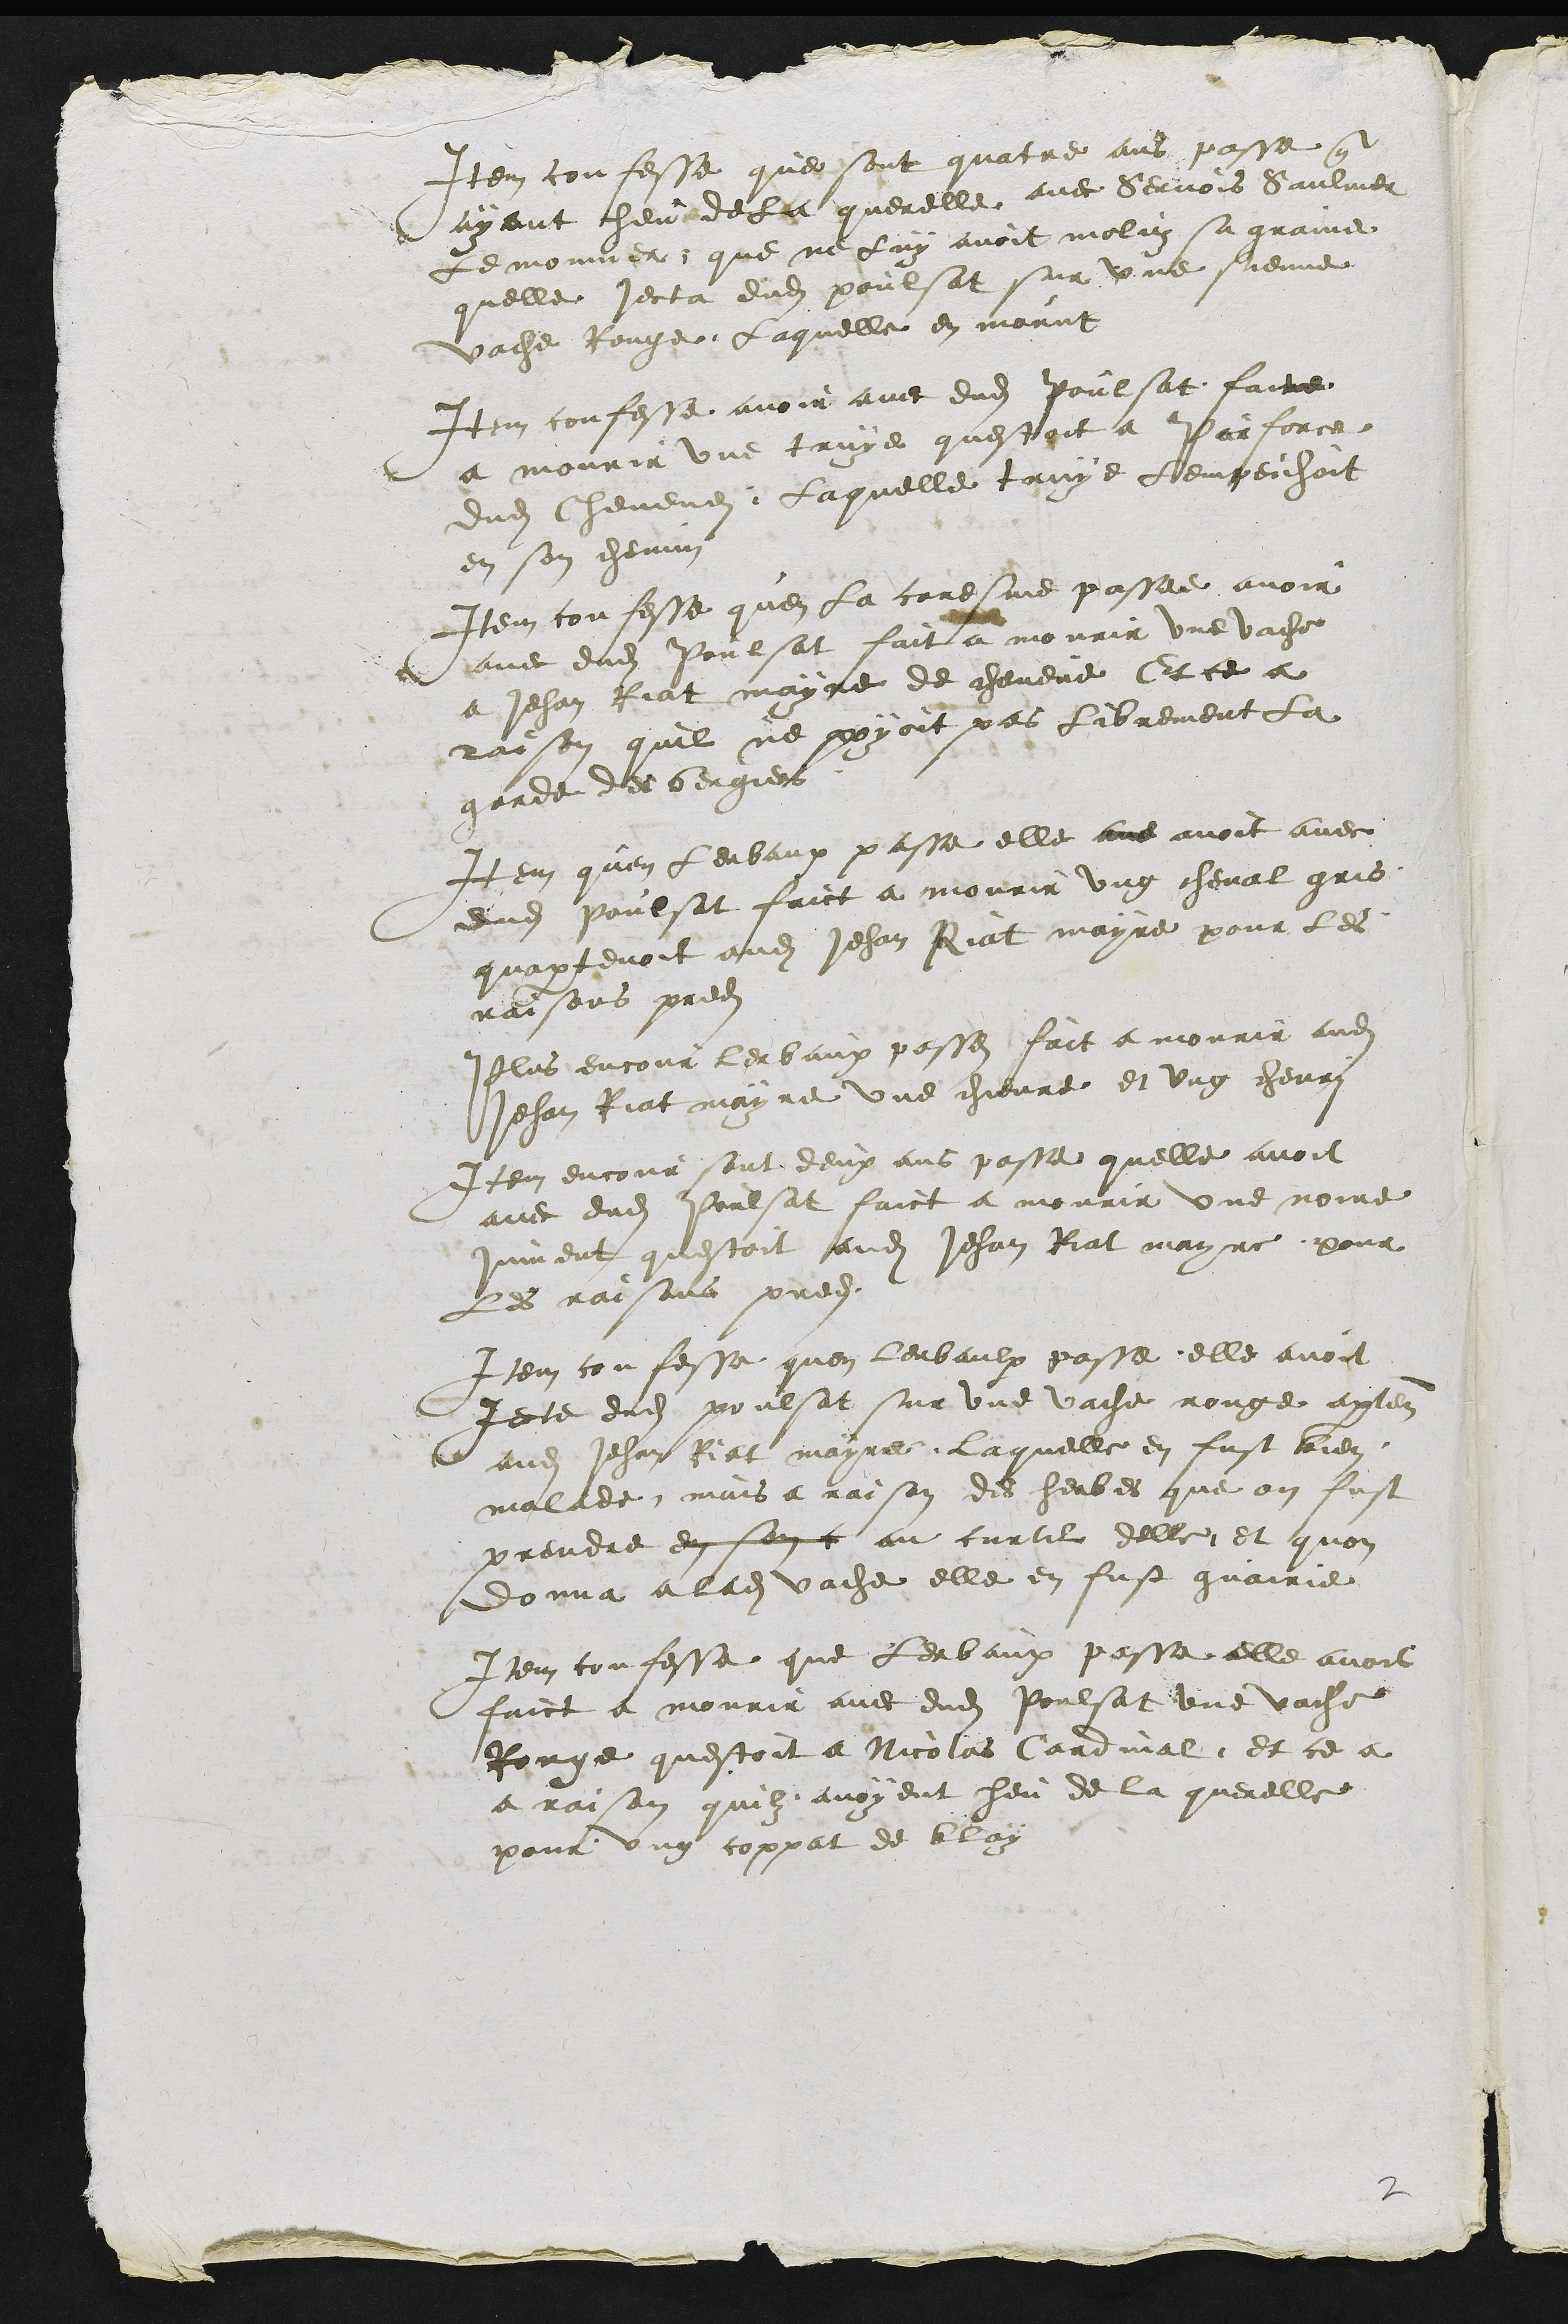
Item confesse que sont quatre ans passe que
ayant heu de la querelle avec Servois Saulnier
Le monnier que ne luy avoit moluz sa graine
quelle jecta dudit poulsat sur une sienne
vache Rouge. Laquelle en morut
Item confesse avoir avec dudit Poulsat faite
a mourir une truye questoit a Parforce
dudit Chevene. Laquelle truye lempeichoit
en son chemin
Item confesse quen la caresme passee avoir
avec dudit Poulsat fait a mourir une vache
a Jehan Riat mayre de chevene Et ce a
raison quil ne poyoit pas librement la
garde des bergiers
Item quen lerbaux passe elle ave avoit avec
dudit Poulsat faict a mourir ung cheval gris
quapartenoit audit Jehan Riat mayre pour les
raisons predites
Plus encour lerbaux passes fait a mourir audit
Jehan Riat mayre une chievre et ung cheval
Item encour sont deux ans passe quelle avoit
avec dudit Poulsat faict a mourir une noire
jument questoit audit Jehan Riat mayre pour
Les raisons predites
Item confesse quon lerbaulx passe elle avoit
Jecte dudit poulsat sur une vache rouge apartenant
audit Jehan Riat mayre laquelle en fust bien
malade mais a raison des herbes que on fust
prendre en son c au curtil delle, et quon
donna a ladite vache elle en fust guairie
Item confesse que lerbaux passe elle avoit
faict a mourir avec dudit Poulsat une vache
Rouge questoit a Nicolas Cardinal et ce a
a raison quilz avoyent heu de la querelle
pour ung coppat de blay